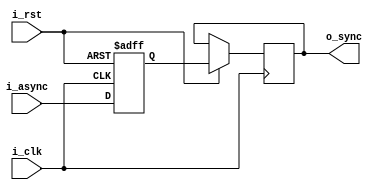
module en_sync #(
    parameter WIDTH = 1
) (
    input wire i_clk , i_rst,
    input wire [WIDTH - 1 : 0] i_async,
    output reg [WIDTH - 1 : 0] o_sync
);
    
	reg [WIDTH - 1: 0] meta_0;
    
    always @(posedge i_clk or negedge i_rst) begin
        if(~i_rst)
            begin
                
				meta_0 <= {WIDTH{1'b0}};
            end 
        else 
            begin
                
				meta_0 <= i_async;
				o_sync <= meta_0;

            end 
    end

endmodule